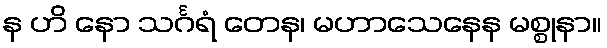
န ဟိ နော သင်္ဂရံ တေန၊ မဟာသေနေန မစ္စုနာ။